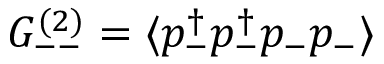
G _ { -- } ^ { ( 2 ) } = \langle p _ { - } ^ { \dagger } p _ { - } ^ { \dagger } p _ { - } p _ { - } \rangle